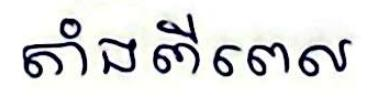
តាំងពីពេល